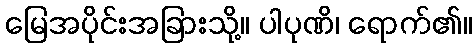
မြေအပိုင်းအခြားသို့။ ပါပုဏိ၊ ရောက်၏။